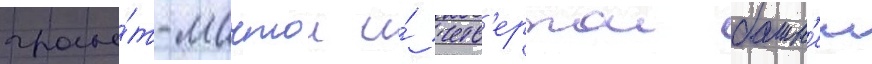
гро́т-мачтои и́ четв'ертои башн'еи